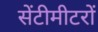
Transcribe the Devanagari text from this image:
सेंटीमीटरों